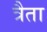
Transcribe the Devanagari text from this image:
त्रैता